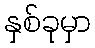
နှစ်ခုမှာ